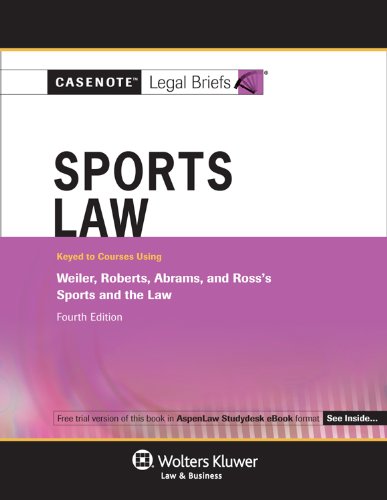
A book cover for Casenotes Legal Briefs: Sports Law, Keyed to Weiler, Roberts, Abrams, & Ross, 4th Edition (Casenote Legal Briefs); Casenotes; Law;